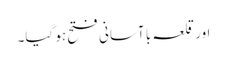
اور قلعہ با آسانی فتح ہو گیا۔